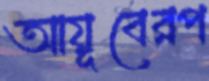
আয়ূবেরপ